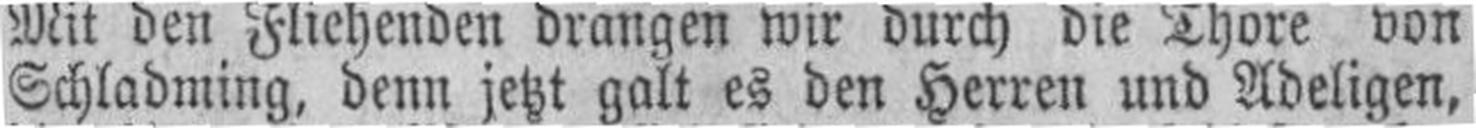
Schladming, denn jetzt galt es den Herren und Adeligen,